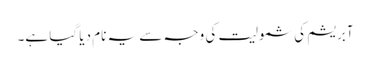
آبریشم کی شمولیت کی وجہ سے یہ نام دیا گیا ہے۔